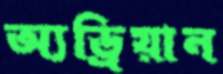
অ্যড্রিয়ান